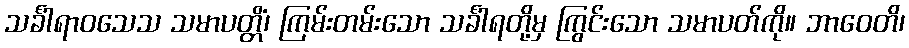
သင်္ခါရာဝသေသ သမာပတ္တိံ၊ ကြမ်းတမ်းသော သင်္ခါရတို့မှ ကြွင်းသော သမာပတ်ကို။ ဘာဝေတိ၊